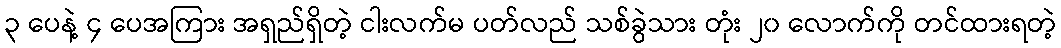
၃ ပေနဲ့ ၄ ပေအကြား အရှည်ရှိတဲ့ ငါးလက်မ ပတ်လည် သစ်ခွဲသား တုံး ၂၀ လောက်ကို တင်ထားရတဲ့